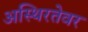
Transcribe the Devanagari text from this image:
अस्थिरतेवर